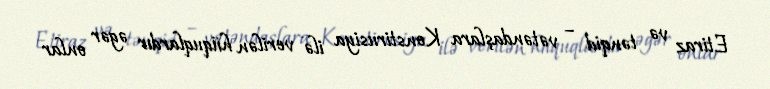
Etiraz və tənqid – vətəndaşlara Konstirusiya ilə verilən hüquqlardır əgər onlar